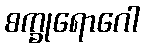
စက္ခုရောဂေါ